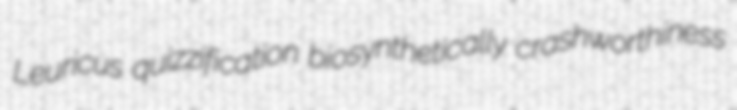
Leuricus quizzification biosynthetically crashworthiness